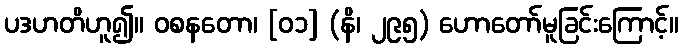
ပဒဟတိဟူ၍။ ဝစနတော၊ [၀၁] (နိ၊ ၂၉၅) ဟောတော်မူခြင်းကြောင့်။